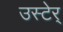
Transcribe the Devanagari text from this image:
उस्टेर्